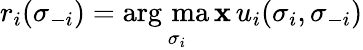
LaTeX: r_{i}(\sigma_{-i})=\mathop{\underset{\sigma_{i}}{\operatorname{arg\, ma\mathbf{x}}}}u_{i}(\sigma_{i},\sigma_{-i})